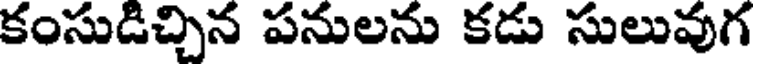
కంసుడిచ్చిన పనులను కడు సులువుగ